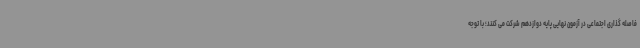
فاصله گذاری اجتماعی در آزمون نهایی پایه دوازدهم شرکت می کنند؛ با توجه